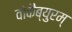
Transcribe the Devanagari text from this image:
वोकैब्युरम्